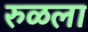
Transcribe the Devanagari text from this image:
रुळला